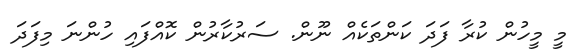
މީ މީހުން ކުރާ ފަދަ ކަންތަކެއް ނޫން. ސަރުކާރުން ކޮއްފައި ހުންނަ މިފަދަ